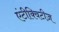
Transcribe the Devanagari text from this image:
एंटीक्विटीज़